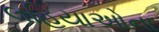
લહિયાઓના